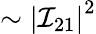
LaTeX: \sim\left|\mathcal{I}_{21}\right|^{2}